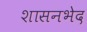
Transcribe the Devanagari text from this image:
शासनभेद